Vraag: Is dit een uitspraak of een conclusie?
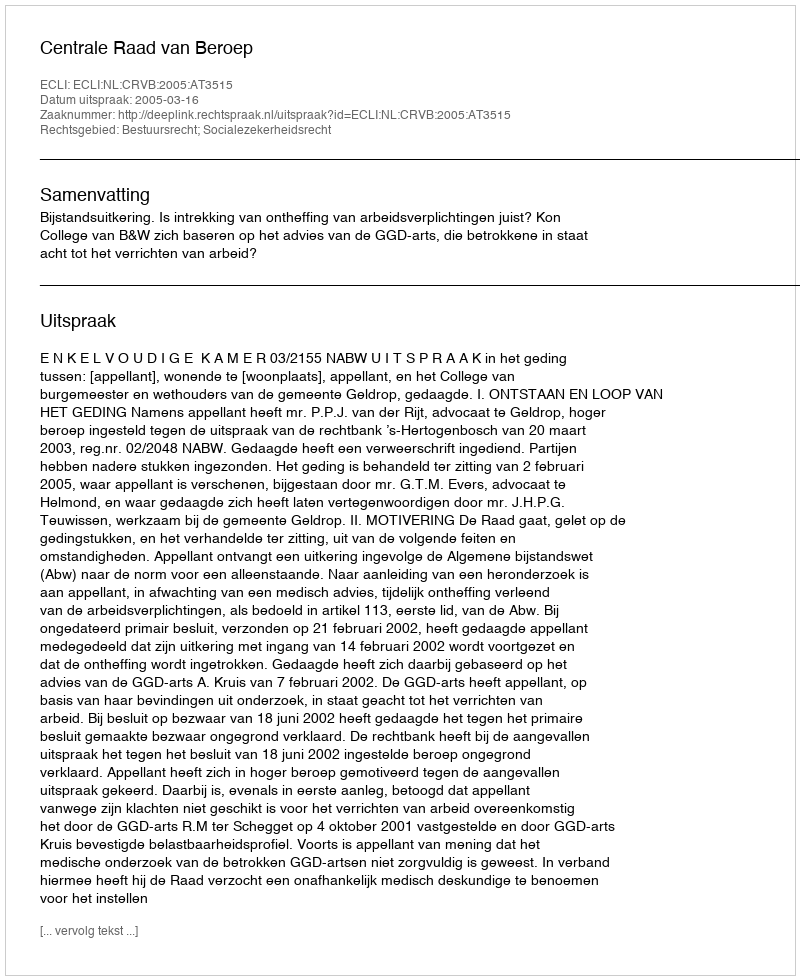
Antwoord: Uitspraak